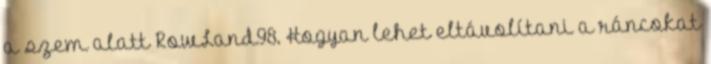
a szem alatt RowLand98. Hogyan lehet eltávolítani a ráncokat